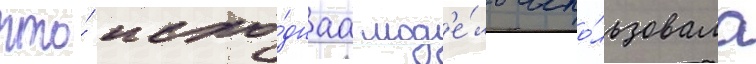
что́ исхо́днаа мод'е́ль испо́льзовала